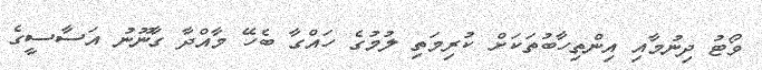
ވޯޓު ދިނުމާއި އިންތިހާބުތަކަށް ކުރިމަތި ލުމުގެ ހައްގާ ބެހޭ މާއްދާ ގާނޫނު އަސާސީގެ